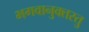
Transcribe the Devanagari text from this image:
भगवानुक्तस्तु